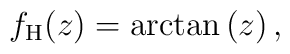
f_{\mathrm{H}} (z) = \arctan \left( z \right),